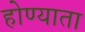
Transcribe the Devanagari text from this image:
होण्याता